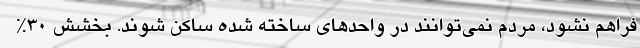
فراهم نشود، مردم نمی‌توانند در واحدهای ساخته شده ساکن شوند. بخشش 30%